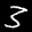
Label: 3